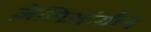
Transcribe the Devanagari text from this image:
ज़ेलिआंग्रौंग